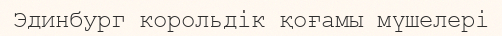
Эдинбург корольдік қоғамы мүшелері